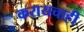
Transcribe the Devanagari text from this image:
करायचाही